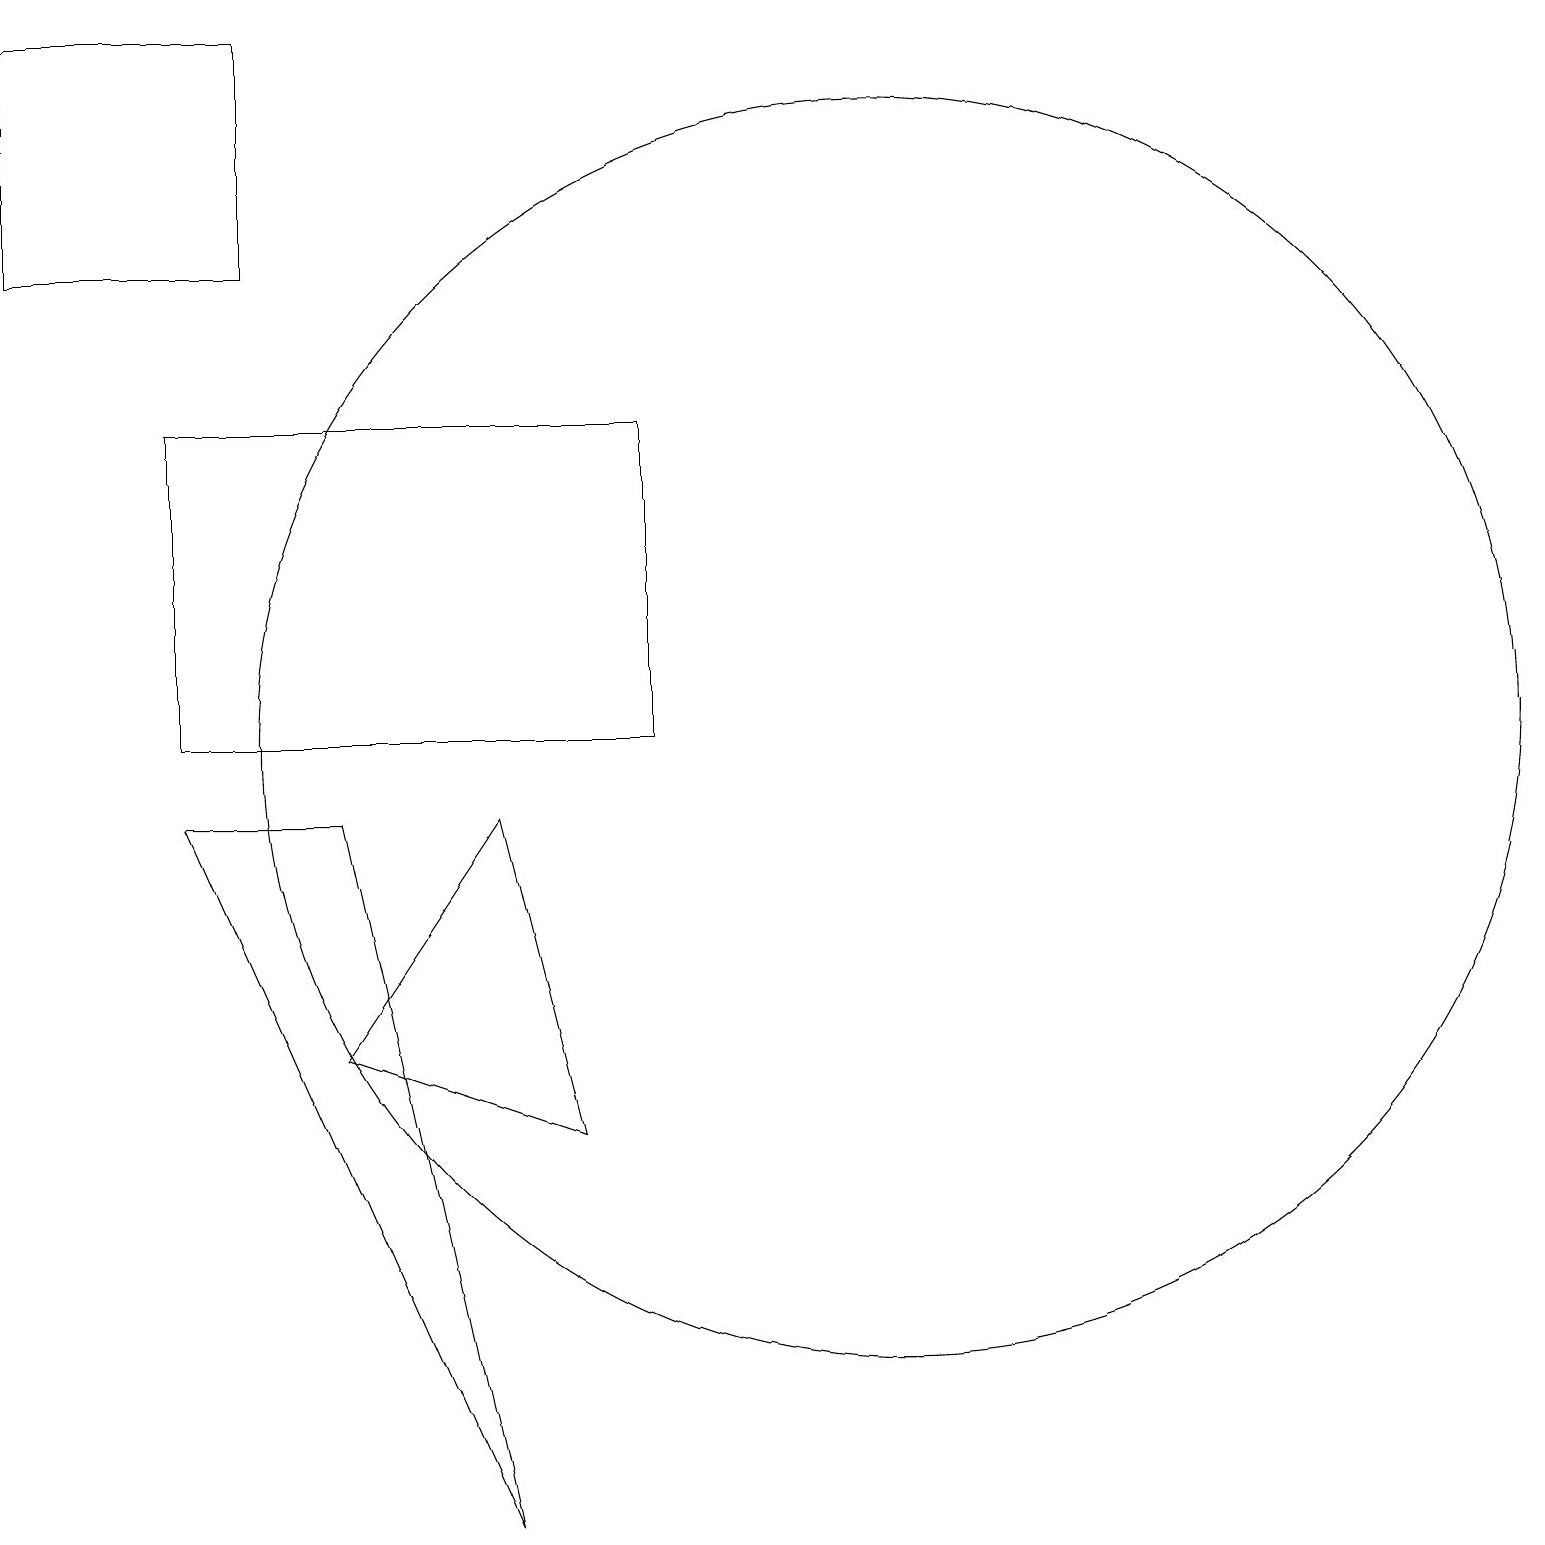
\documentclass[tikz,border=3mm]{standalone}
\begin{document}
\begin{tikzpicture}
\draw (11,10) circle (8);
\draw (2,10) rectangle (8,14);
\draw (4,6) -- (6,9) -- (7,5) -- cycle;
\draw (2,9) -- (6,0) -- (4,9) -- cycle;
\draw (0,16) rectangle (3,19);
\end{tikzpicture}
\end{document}